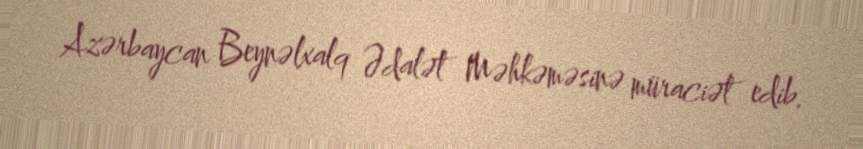
Azərbaycan Beynəlxalq Ədalət Məhkəməsinə müraciət edib.